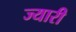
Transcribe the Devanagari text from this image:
ज्यारी